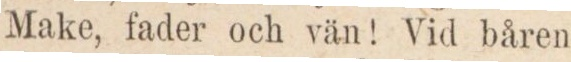
Make, fader och vän! Vid båren